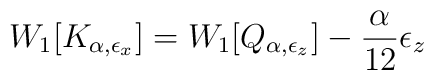
W_1[K_{\alpha,\epsilon_x}]=W_1[Q_{\alpha,\epsilon_z}]-	{\alpha\over 12}\epsilon_z ~~~